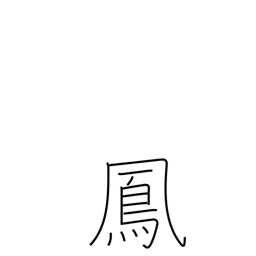
Meaning: male mythical bird